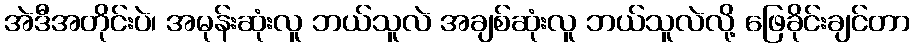
အဲဒီအတိုင်းပဲ၊ အမုန်းဆုံးလူ ဘယ်သူလဲ အချစ်ဆုံးလူ ဘယ်သူလဲလို့ ဖြေခိုင်းချင်တာ